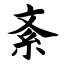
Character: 紊